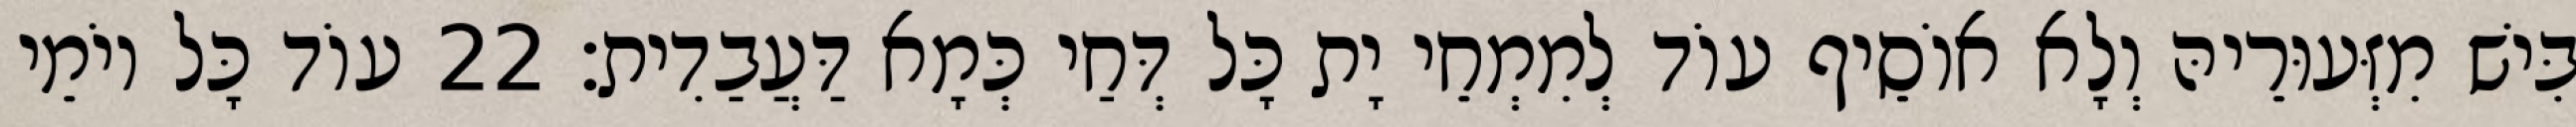
בִּישׁ מִזְּעוּרֵיהּ וְלָא אוֹסֵיף עוֹד לְמִמְחֵי יָת כָּל דְּחַי כְּמָא דַּעֲבַדִית׃ 22 עוֹד כָּל יוֹמֵי